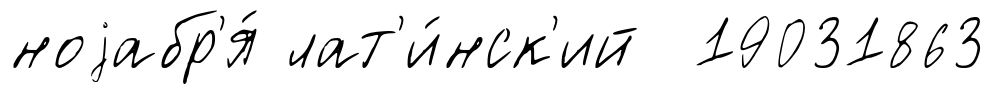
ноjабр'я́ лат'и́нск'ий 19031863